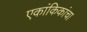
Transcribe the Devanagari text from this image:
एकांकिकांचा